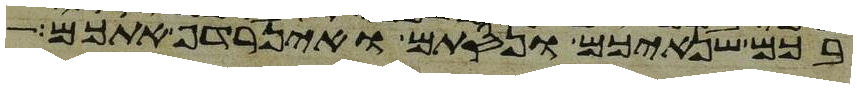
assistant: בכם שנאיכם ונסתם ואין רדף אתכם